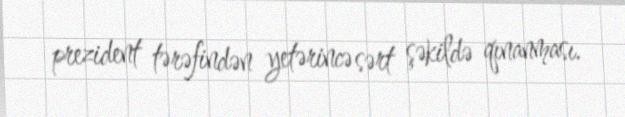
prezident tərəfindən yetərincə sərt şəkildə qınanması.